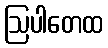
ဩပါတေထ